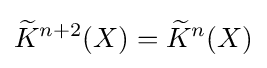
{\widetilde {K}}^{n+2}(X)={\widetilde {K}}^{n}(X)